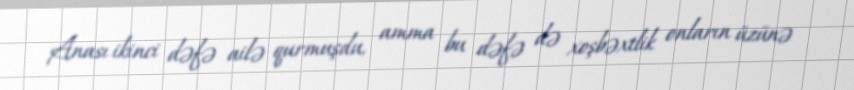
Anası ikinci dəfə ailə qurmuşdu, amma bu dəfə də xoşbəxtlik onların üzünə